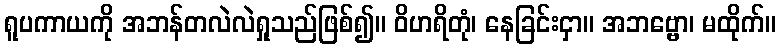
ရူပကာယကို အဘန်တလဲလဲရှုသည်ဖြစ်၍။ ဝိဟရိတုံ၊ နေခြင်းငှာ။ အဘဗ္ဗော၊ မထိုက်။